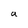
Character: a